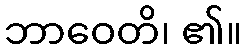
ဘာဝေတိ၊ ၏။